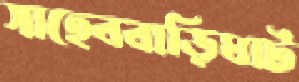
সাহেববাড়িঘাট